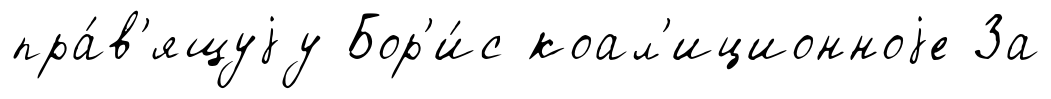
пра́в'ящуjу Бор'и́с коал'иционноjе За